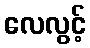
လေလွင့်